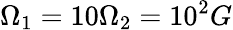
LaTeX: \Omega_{1}=10\Omega_{2}=10^{2}G